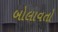
બોલાવતો